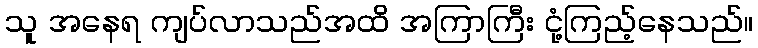
သူ အနေရ ကျပ်လာသည်အထိ အကြာကြီး ငုံ့ကြည့်နေသည်။